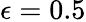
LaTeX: \epsilon=0.5